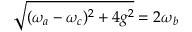
\sqrt { ( \omega _ { a } - \omega _ { c } ) ^ { 2 } + 4 g ^ { 2 } } = 2 \omega _ { b }